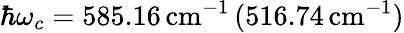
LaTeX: \hbar\omega_{c}=585.16\, \mathrm{cm}^{-1}\, (516.74\, \mathrm{cm}^{-1})